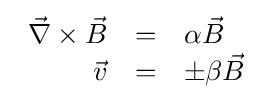
{\begin{array}{rcl}{\vec {\nabla }}\times {\vec {B}}&=&\alpha {\vec {B}}\\{\vec {v}}&=&\pm \beta {\vec {B}}\\\end{array}}